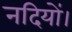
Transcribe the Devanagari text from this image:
नदियों।